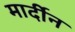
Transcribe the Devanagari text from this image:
मार्दीन